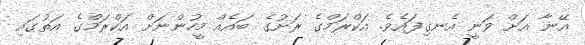
އޭނާ އަށް ވަނީ އެނގިފައެވެ. އަކްރަމްގެ ރަށުގެ ބައެއް މީހުންނަށް އަކްރަމްގެ އަތުގައި